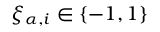
\xi _ { \alpha , i } \in \left\{ - 1 , 1 \right\}